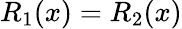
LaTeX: R_{1}(x)=R_{2}(x)